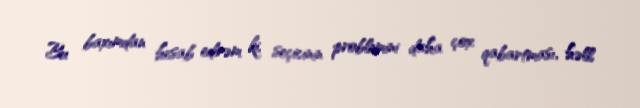
Bu baxımdan hesab edirəm ki, seçicinin problemini daha çox qabartması, həll